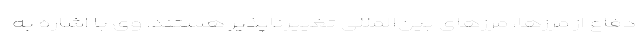
دفاع از مرز‌ها، مرزهای بین‌المللی تغییرناپذیر هستند. وی با اشاره به